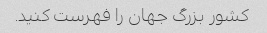
کشور بزرگ جهان را فهرست کنید.